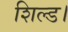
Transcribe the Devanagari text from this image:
शिल्ड।